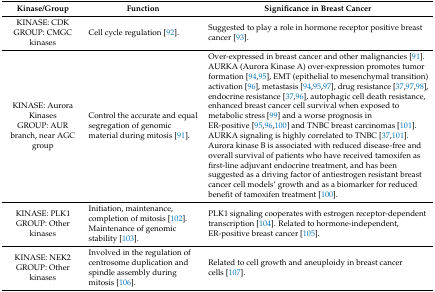
<table><thead><tr><td><b>Kinase/Group</b></td><td><b>Function</b></td><td><b>Significance in Breast Cancer</b></td></tr></thead><tbody><tr><td>KINASE: CDK GROUP: CMGC kinases</td><td>Cell cycle regulation [92].</td><td>Suggested to play a role in hormone receptor positive breast cancer [93].</td></tr><tr><td>KINASE: Aurora Kinases GROUP: AUR branch, near AGC group</td><td>Control the accurate and equal segregation of genomic material during mitosis [91].</td><td>Over-expressed in breast cancer and other malignancies [91]. AURKA (Aurora Kinase A) over-expression promotes tumor formation [94,95], EMT (epithelial to mesenchymal transition) activation [96], metastasis [94,95,97], drug resistance [37,97,98], endocrine resistance [37,96], autophagic cell death resistance, enhanced breast cancer cell survival when exposed to metabolic stress [99] and a worse prognosis in ER-positive [95,96,100] and TNBC breast carcinomas [101]. AURKA signaling is highly correlated to TNBC [37,101]. Aurora kinase B is associated with reduced disease-free and overall survival of patients who have received tamoxifen as first-line adjuvant endocrine treatment, and has been suggested as a driving factor of antiestrogen resistant breast cancer cell models’ growth and as a biomarker for reduced benefit of tamoxifen treatment [100].</td></tr><tr><td>KINASE: PLK1 GROUP: Other kinases</td><td>Initiation, maintenance, completion of mitosis [102]. Maintenance of genomic stability [103].</td><td>PLK1 signaling cooperates with estrogen receptor-dependent transcription [104]. Related to hormone-independent, ER-positive breast cancer [105].</td></tr><tr><td>KINASE: NEK2 GROUP: Other kinases</td><td>Involved in the regulation of centrosome duplication and spindle assembly during mitosis [106].</td><td>Related to cell growth and aneuploidy in breast cancer cells [107].</td></tr></tbody></table>